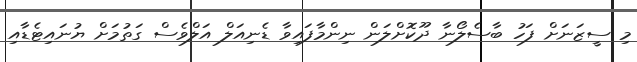
މި ސީޒަނަށް ފަހު ބާސެލޯނާ ދޫކޮށްލަން ނިންމާފައިވާ ޑެނިއަލް އަލްވެސް ގަތުމަށް ޔުނައިޓެޑާއި